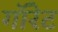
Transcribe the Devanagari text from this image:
गॉरेट